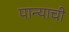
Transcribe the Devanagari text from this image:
पान्याची